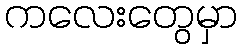
ကလေးတွေမှာ